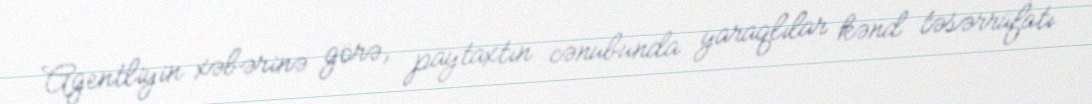
Agentliyin xəbərinə görə, paytaxtın cənubunda yaraqlılar kənd təsərrüfatı